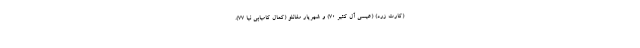
(کارت زرد) (عیسی آل کثیر ۷۰) و شهریار مغانلو (کمال کامیابی نیا ۷۷).